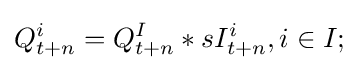
Q_{t+n}^{i}=Q_{t+n}^{I}*sI_{t+n}^{i},i\in I;